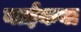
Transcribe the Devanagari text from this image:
नाईकबा